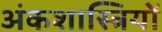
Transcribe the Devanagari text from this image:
अंकशास्त्रियों